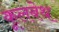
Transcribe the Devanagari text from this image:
कूलबेथ